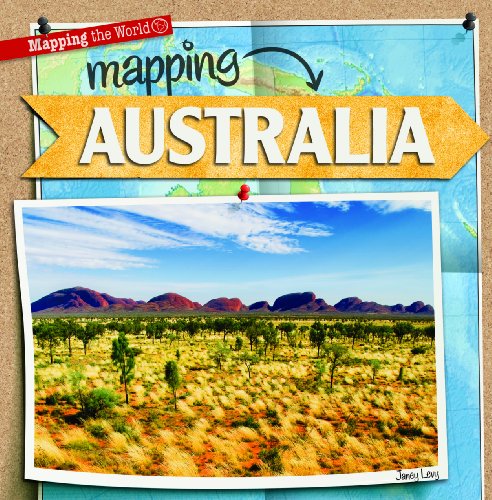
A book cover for Mapping Australia (Mapping the World (Gareth Stevens)); Janey Levy; Children's Books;